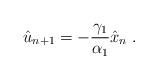
LaTeX: \begin{align*}\hat{u}_{n+1} = -{\gamma_1\over \alpha_1 } \hat{x}_n \;. \end{align*}